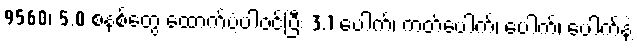
9560၊ 5.0 စနစ်တွေ ထောက်ပံ့ပါ၀င်ပြီး 3.1 ပေါက်၊ ကတ်ပေါက်၊ ပေါက်၊ ပေါက်နဲ့